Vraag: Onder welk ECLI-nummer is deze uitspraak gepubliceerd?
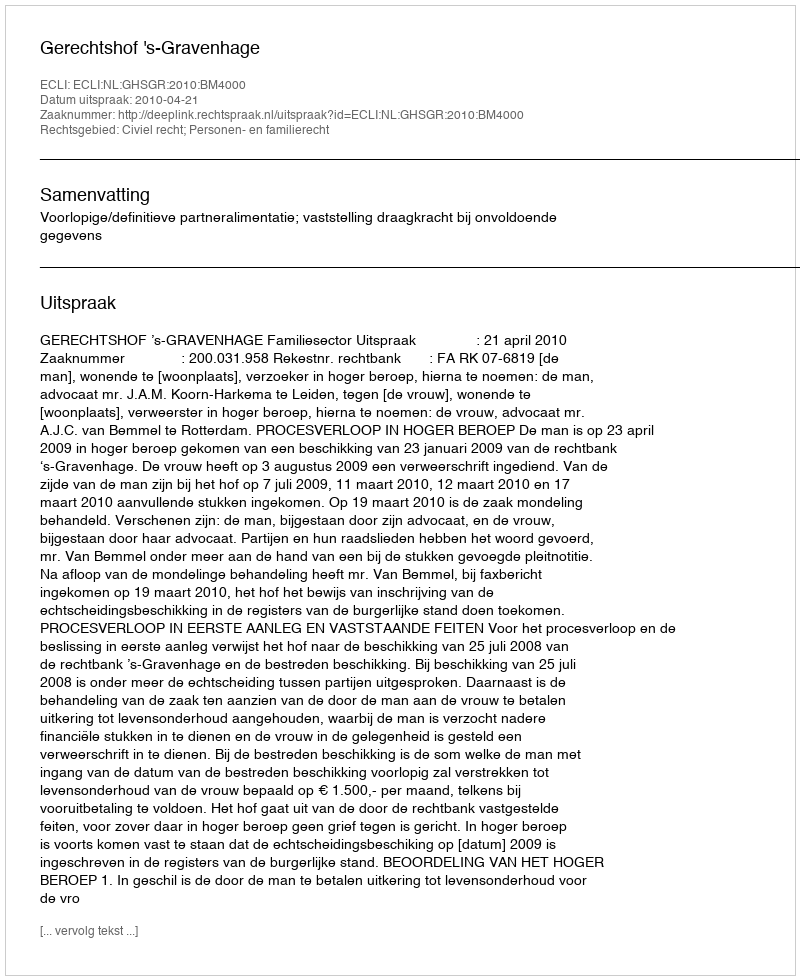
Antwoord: ECLI:NL:GHSGR:2010:BM4000